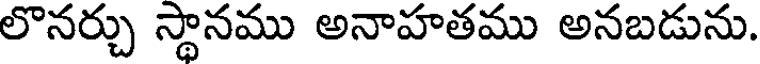
లొనర్చు స్థానము అనాహతము అనబడును.